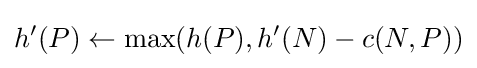
h'(P)\gets \max(h(P),h'(N)-c(N,P))